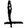
Digit: 1